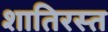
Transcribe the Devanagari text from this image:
शातिरस्त